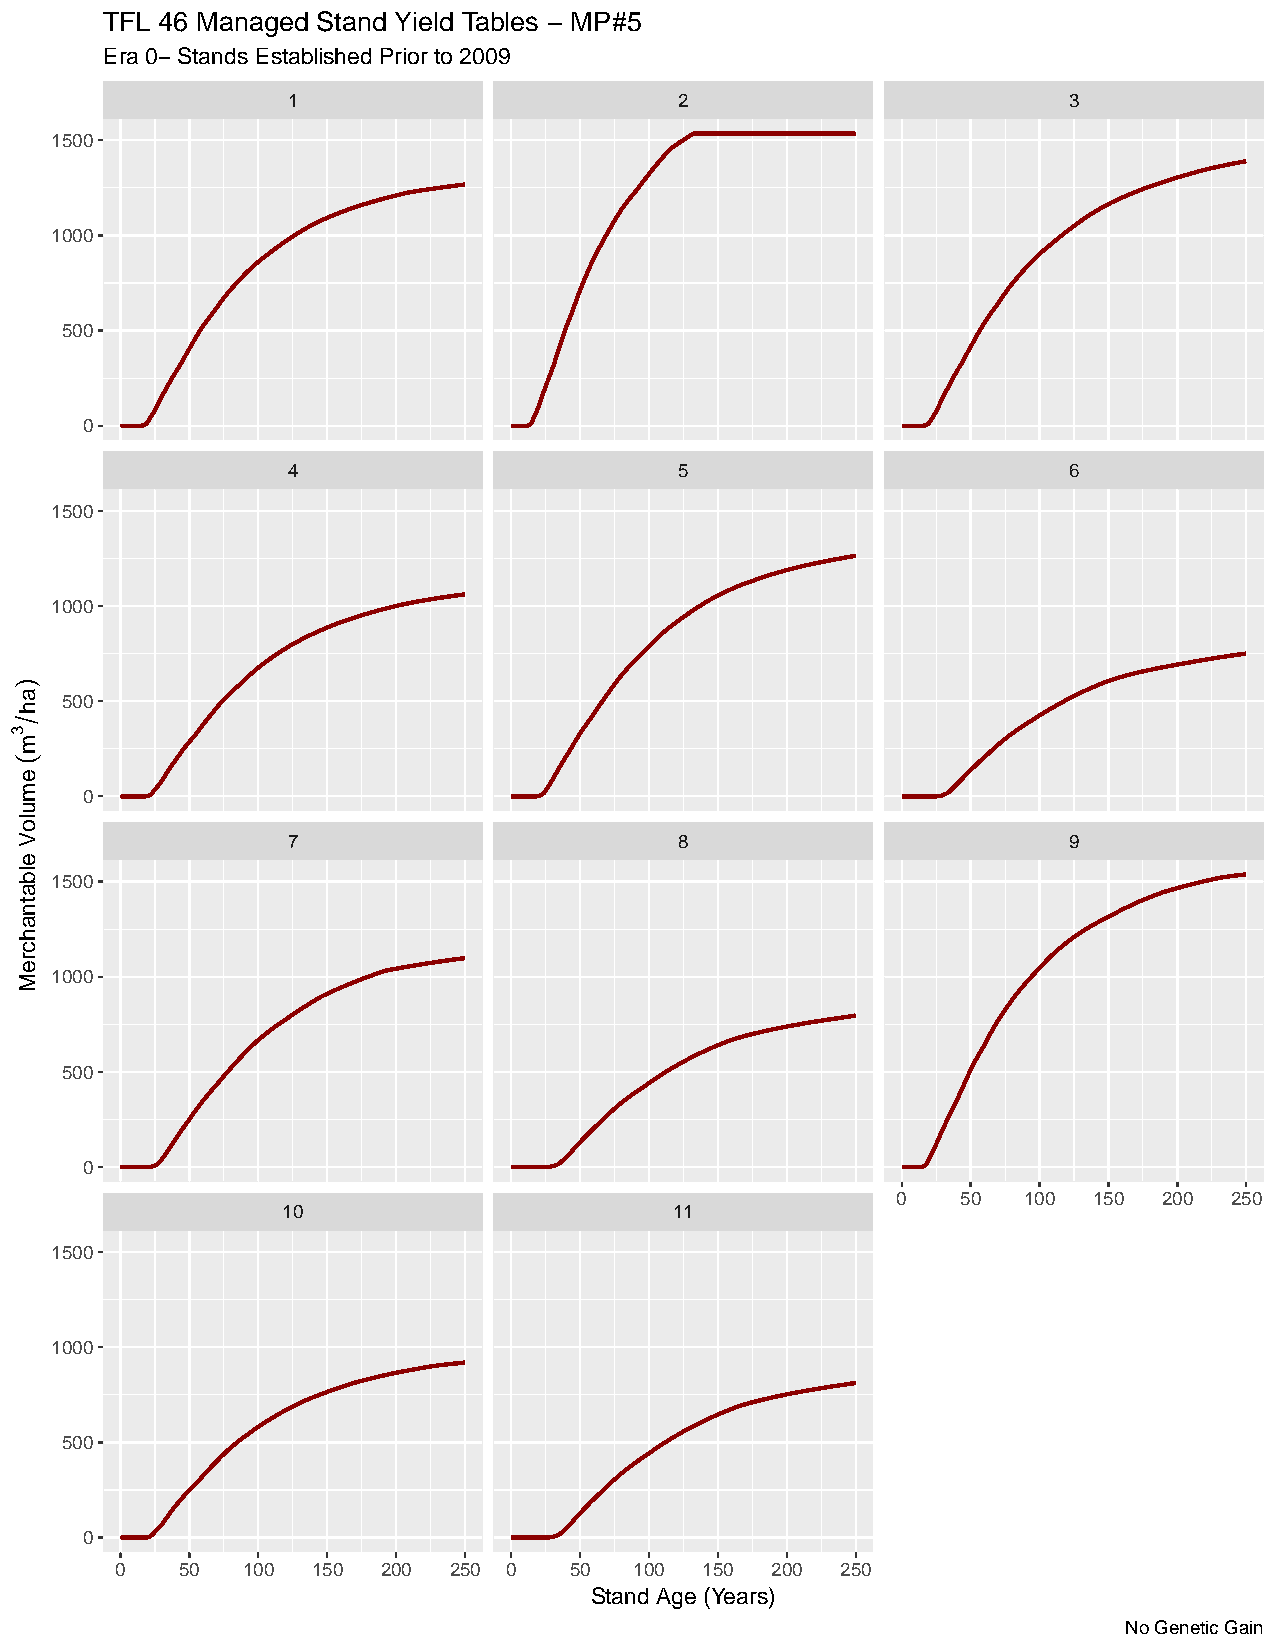
TFL 46 Managed Stand Yield Tables − MP#5
 Era 0− Stands Established Prior to 2009
 1                         2                         3
 1500
 1000
 500
 0
 4                         5                         6
 1500
 1000
 500
 0
 7                         8                         9
 1500
 1000
 500
 0
 0    50  100 150  200 250
 10                        11
 1500
 1000
 500
 0
 0   50  100  150 200  250 0   50  100 150  200  250
 Stand Age (Years)
 No Genetic Gain
 )
 ah
 3
 m(
 emuloV
 elbatnahcreM